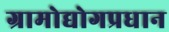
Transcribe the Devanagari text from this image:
ग्रामोद्योगप्रधान